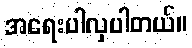
အရေးပါလှပါတယ်။